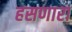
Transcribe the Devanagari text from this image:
हसणारा